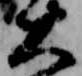
大